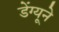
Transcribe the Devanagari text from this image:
डेंग्यूने